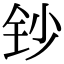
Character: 钞